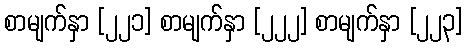
စာမျက်နှာ [၂၂၁] စာမျက်နှာ [၂၂၂] စာမျက်နှာ [၂၂၃]